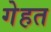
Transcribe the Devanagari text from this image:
गेहत